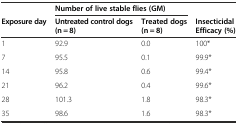
<table><thead><tr><td></td><td colspan="2"><b>Number of live stable flies (GM)</b></td><td></td></tr><tr><td><b>Exposure day</b></td><td><b>Untreated control dogs (n = 8)</b></td><td><b>Treated dogs (n = 8)</b></td><td><b>Insecticidal Efficacy (%)</b></td></tr></thead><tbody><tr><td>1</td><td>92.9</td><td>0.0</td><td>100*</td></tr><tr><td>7</td><td>95.5</td><td>0.1</td><td>99.9*</td></tr><tr><td>14</td><td>95.8</td><td>0.6</td><td>99.4*</td></tr><tr><td>21</td><td>96.2</td><td>0.4</td><td>99.6*</td></tr><tr><td>28</td><td>101.3</td><td>1.8</td><td>98.3*</td></tr><tr><td>35</td><td>98.6</td><td>1.6</td><td>98.3*</td></tr></tbody></table>